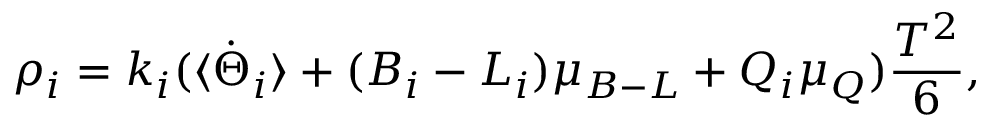
\rho _ { i } = k _ { i } ( \langle \dot { \Theta } _ { i } \rangle + ( B _ { i } - L _ { i } ) \mu _ { B - L } + Q _ { i } \mu _ { Q } ) \frac { T ^ { 2 } } { 6 } ,